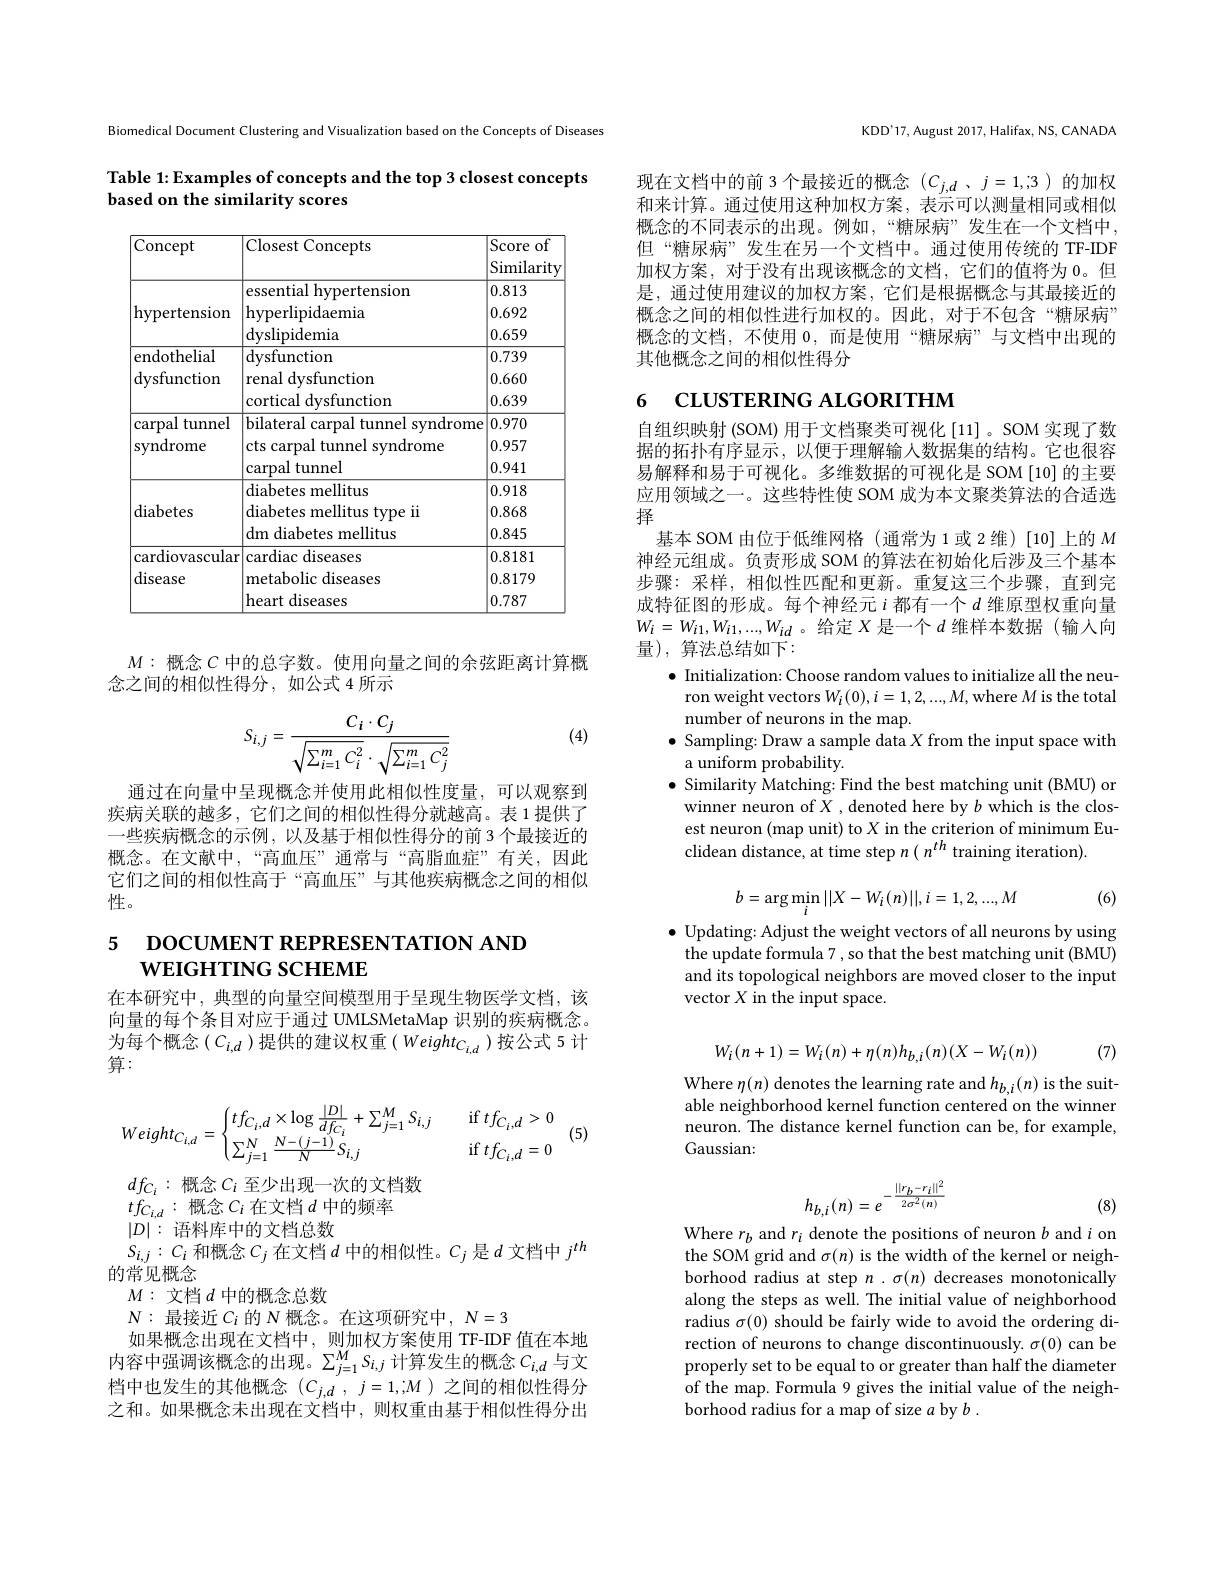
Biomedical Document Clustering and Visualization based on the Concepts of Diseases

Table 1: Examples of concepts and the top 3 closest concepts
based on the similarity scores

<table>
	<tbody>
		<tr>
			<th>Concept</th>
			<th>Closest Concepts</th>
			<th>Score of 11 Similarity</th>
		</tr>
		<tr>
			<td rowspan="1">hypertension</td>
			<td>essential hypertension hyperlipidaemia dyslipidemia</td>
			<td>0.813 0.692 0.659</td>
		</tr>
		<tr>
			<td rowspan="1">endothelial dysfunction</td>
			<td>dysfunction</td>
			<td>0.739</td>
		</tr>
		<tr>
			<td rowspan="1">tunnel $\operatorname{carpal}$ syndrome</td>
			<td>bilateral carpal tunnel syndrome cts carpal tunnel syndrome carpal tunnel</td>
			<td>0.970 0.957 0.941</td>
		</tr>
		<tr>
			<td>diabetes</td>
			<td>diabetes mellitus diabetes mellitus type ii dm diabetes mellitus</td>
			<td>0.918 0.868 0.845</td>
		</tr>
		<tr>
			<td rowspan="2">cardiovascular disease</td>
			<td>cardiac diseases metabolic diseases heart diseases</td>
			<td>0.8181 0.8179 0.787</td>
		</tr>
		<tr>
			<td>heart diseases</td>
			<td>0.787</td>
		</tr>
	</tbody>
</table>

$M:$概念$C$中的总字数。使用向量之间的余弦距离计算概
念之间的相似性得分，如公式 4 所示

(4)
$$S_{i,j}=\frac{C_i\cdot C_j}{\sqrt{\sum_{i=1}^mC_i^2}\cdot\sqrt{\sum_{i=1}^mC_j^2}}$$
通过在向量中呈现概念并使用此相似性度量，可以观察到疾病关联的越多，它们之间的相似性得分就越高。表 1 提供了一些疾病概念的示例，以及基于相似性得分的前 3 个最接近的概念。在文献中，“高血压”通常与“高脂血症”有关，因此它们之间的相似性高于“高血压”与其他疾病概念之间的相似性。

## 5 DOCUMENT REPRESENTATION AND WEIGHTING SCHEME

在本研究中，典型的向量空间模型用于呈现生物医学文档，该向量的每个条目对应于通过 UMLSMetaMap 识别的疾病概念。为每个概念($C_i,d$)提供的建议权重($Weight_{C_{i,d}}$)按公式 5 计算：
$$Weight_{C_{i,d}}=\begin{cases}tf_{C_i,d}\times\log\frac{|D|}{df_{C_i}}+\sum_{j=1}^{M}S_{i,j}&\quad\mathrm{if}\:tf_{C_i,d}>0\\\sum_{j=1}^{N}\frac{N-(j-1)}{N}S_{i,j}&\quad\mathrm{if}\:tf_{C_i,d}=0\end{cases}$$
(5)

$df_{C_i}:$概念$C_i$ 至少出现一次的文档数
$tf_{C_{i,d}}:$概念$C_i$在文档$d$中的频率
$|D|:$语料库中的文档总数
$S_{i,j}:C_{i}$和概念$C_j$在文档$d$中的相似性。$C_j$是$d$文档中$j^th$
的常见概念
$M:$文档$d$中的概念总数
$N:$最接近$C_i$的$N$概念。在这项研究中$,N=3$
如果概念出现在文档中，则加权方案使用 TF-IDF 值在本地内容中强调该概念的出现。$\sum_{j=1}^MS_{i,j}$计算发生的概念$C_{i,d}$与文档中也发生的其他概念$(C_{j,d},j=1,;M)$之间的相似性得分之和。如果概念未出现在文档中，则权重由基于相似性得分出

KDD'17, August 2017, Halifax, NS, CANADA

现在文档中的前 3个最接近的概念$(C_{j,d}$ 、$j=1,;3$ )的加权和来计算。通过使用这种加权方案，表示可以测量相同或相似概念的不同表示的出现。例如，“糖尿病”发生在一个文档中但“糖尿病”发生在另一个文档中。通过使用传统的 TF-IDF 加权方案，对于没有出现该概念的文档，它们的值将为 0。但是，通过使用建议的加权方案，它们是根据概念与其最接近的概念之间的相似性进行加权的。因此，对于不包含“糖尿病” 概念的文档，不使用0，而是使用“糖尿病”与文档中出现的其他概念之间的相似性得分

# 6 CLUSTERING ALGORITHM

自组织映射 (SOM) 用于文档聚类可视化 [11]。SOM 实现了数据的拓扑有序显示，以便于理解输入数据集的结构。它也很容易解释和易于可视化。多维数据的可视化是 SOM[10]的主要应用领域之一。这些特性使 SOM 成为本文聚类算法的合适选择
基本 SOM 由位于低维网格(通常为1或2维)[10]上的$M$ 神经元组成。负责形成 SOM 的算法在初始化后涉及三个基本步骤：采样，相似性匹配和更新。重复这三个步骤，直到完成特征图的形成。每个神经元$i$ 都有一个$d$ 维原型权重向量$W_i=W_{i1},W_{i1},...,W_{id}$。给定$X$是一个$d$维样本数据(输入向量),算法总结如下：
$\bullet$ Initialization: Choose random values to initialize all the neuron weight vectors $W_i(0),i=1,2,...,M$,where $M$ is the total number of neurons in the map.
$\bullet$ Sampling: Draw a sample data $X$ from the input space with
a uniform probability.
$\bullet$ Similarity Matching: Find the best matching unit (BMU) or winner neuron of $X$ ,denoted here by $b$ which is the closest neuron (map unit) to $X$ in the criterion of minimum Euclidean distance, at time step $n\left(n^{th}\text{ training iteration}\right).$
$$b=\arg\min_{i}||X-W_{i}(n)||,i=1,2,...,M$$
(6)

$\bullet$ Updating: Adjust the weight vectors of all neurons by using the update formula 7 , so that the best matching unit (BMU) and its topological neighbors are moved closer to the input vector $X$ in the input space.

(7)
$$W_i(n+1)=W_i(n)+\eta(n)h_{b,i}(n)(X-W_i(n))$$
Where $\eta(n)$ denotes the learning rate and $h_b,i(n)$ is the suitable neighborhood kernel function centered on the winner neuron. The distance kernel function can be, for example, Gaussian:
$$h_{b,i}(n)=e^{-\frac{\|r_{b}-r_{i}\|^{2}}{2\sigma^{2}(n)}}$$
(8)

Where $r_b$ and $r_i$ denote the positions of neuron $b$ and $i$ on the SOM grid and $\sigma(n)$ is the width of the kernel or neighborhood radius at step $n$ .$\sigma(n)$ decreases monotonically along the steps as well. The initial value of neighborhood radius $\sigma(0)$ should be fairly wide to avoid the ordering direction of neurons to change discontinuously. $\sigma(0)$ can be properly set to be equal to or greater than half the diameter of the map. Formula 9 gives the initial value of the neighborhood radius for a map of size $a$ by $b.$